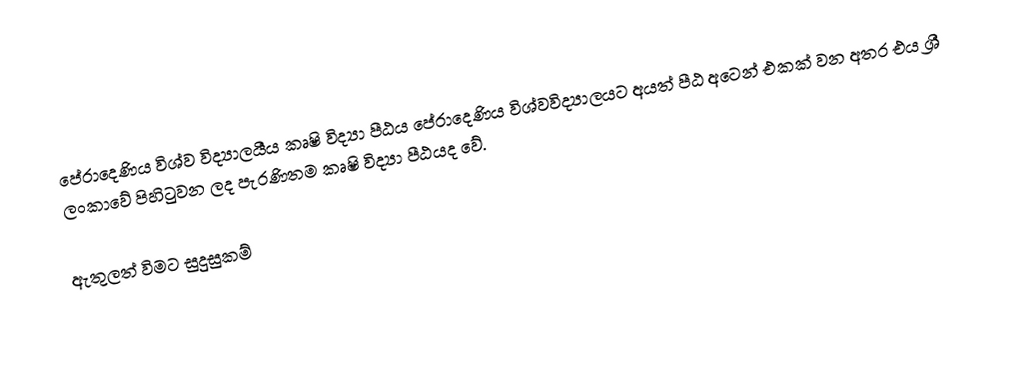
පේරාදෙණිය විශ්ව විද්‍යාලයීය කෘෂි විද්‍යා පීඨය පේරාදෙණිය විශ්වවිද්‍යාලයට අයත් පීඨ අටෙන් එකක් වන අතර එය ශ්‍රී ලංකාවේ පිහිටුවන ලද පැරණිතම කෘෂි විද්‍යා පීඨයද වේ.

ඇතුලත්  විමට සුදුසුකම්